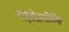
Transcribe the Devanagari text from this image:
नार्कोअनालिसिस